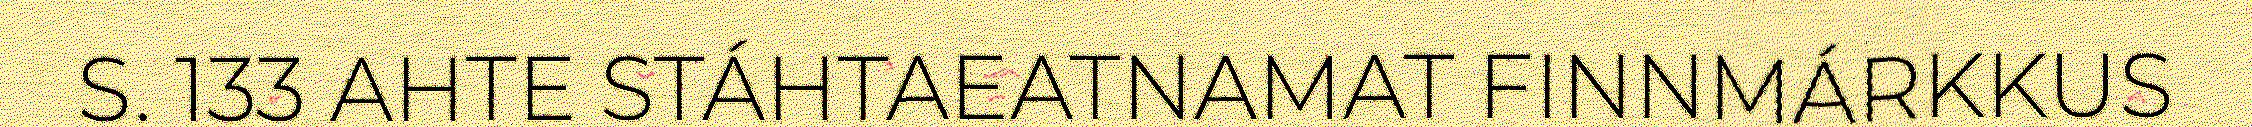
S. 133 AHTE STÁHTAEATNAMAT FINNMÁRKKUS